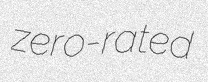
zero-rated